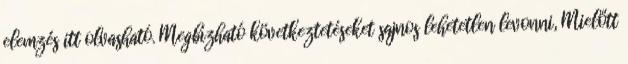
elemzés itt olvasható. Megbízható következtetéseket sajnos lehetetlen levonni, Mielőtt